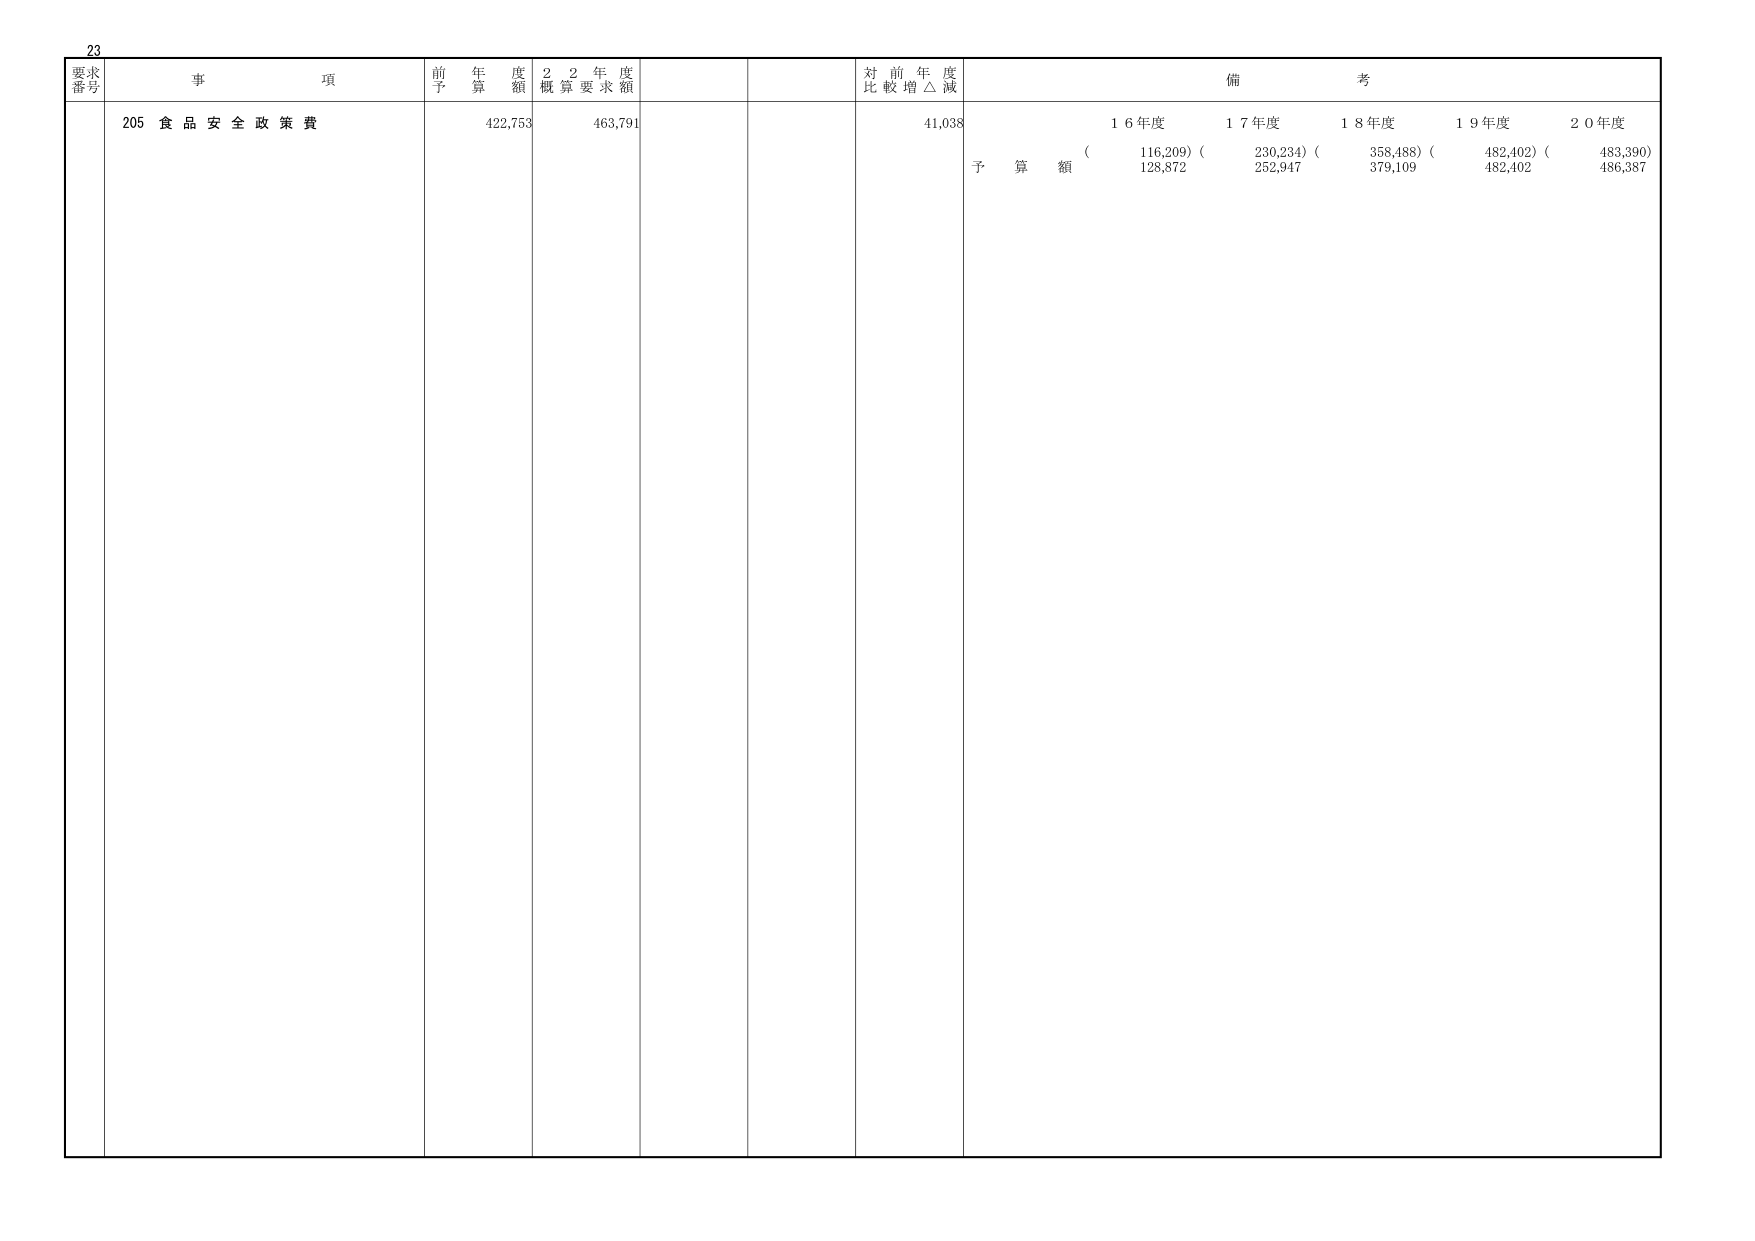
23
要求
番号
事 項
前 年 度 額
2 2 年 度 概 算 要 求 額
対 前 年 度 比 較 増 △ 減
備 考
205 食 品 安 全 政 策 費
422,753
463,791
41,038
1 6 年度
1 7 年度
1 8 年度
1 9 年度
2 0 年度
予 算 額
( 116,209) ( 230,234) ( 358,488) ( 482,402) ( 483,390)
128,872
252,947
379,109
482,402
486,387